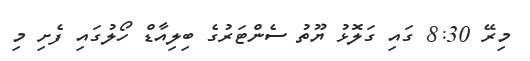
މިރޭ 8:30 ގައި ގަލޮޅު ޔޫތު ސެންޓަރުގެ ބިލިއާޑް ހޯލުގައި ފެށި މި